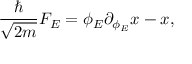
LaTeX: { \frac { \hbar } { \sqrt { 2 m } } } { \cal F } _ { E } = \phi _ { E } \partial _ { \phi _ { E } } x - x ,